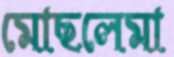
মোছলেমা